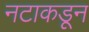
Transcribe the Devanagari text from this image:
नटाकडून